Civil Veterinary Department Bengal reports 1933-51 - 1933-1951
Year: 1933
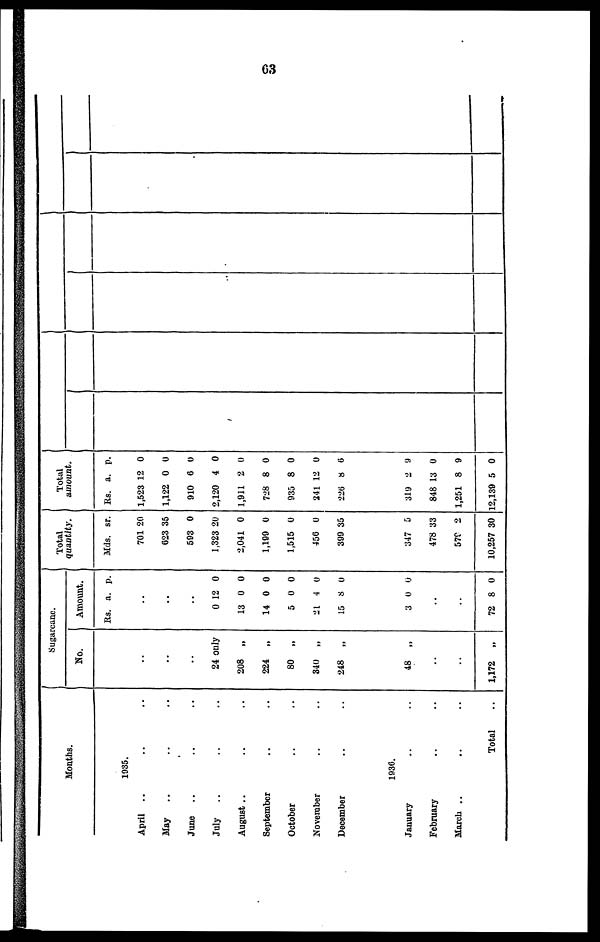
63
Months.
April
..
May ..
June ..
July
..
August ..
September
October
November
December
1935.
..
..
..
..
..
..
..
..
..
..
..
..
..
..
..
..
..
..
1936.
January
February
March ..
..
..
..
Total
..
..
..
¨
Sugarcane.
No.
..
..
..
24 only
208 „
224 „
80
„
340 „
248
„
48
„
..
..
1,172
„
Amount.
Rs. a. p.
..
..
..
0
13
14
5
21
15
12
0
0
0
4
8
0
0
0
0
0
0
3 0 0
..
..
72 8 0
Total
quantity.
Mds.
701
623
593
1,323
2,041
1,199
1,515
456
399
sr.
20
35
0
20
0
0
0
0
35
347
478
579
10,257
5
33
2
30
Total
amount.
Rs.
1,523
1,122
910
2,120
1,911
728
935
241
226
a.
12
0
6
4
2
8
8
12
8
p.
0
0
0
0
0
0
0
0
6
319
848
1,251
12,139
2
13
8
5
9
0
9
0